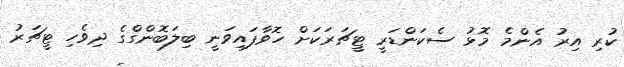
ކުރި އިރު އެންމެ މޮޅު ސެކަންޑަރީ ޓީޗަރަކަށް ހޮވާފައިވަނީ ބިލަބޮންގްގެ ދިވެހި ޓީޗަރު